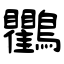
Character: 鸜